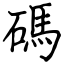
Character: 碼